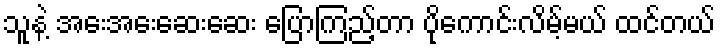
သူနဲ့ အေးအေးဆေးဆေး ပြောကြည့်တာ ပိုကောင်းလိမ့်မယ် ထင်တယ်